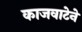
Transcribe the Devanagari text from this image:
काजवाटेने